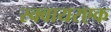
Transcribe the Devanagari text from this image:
स्क्वायरएक